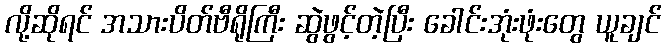
လို့ဆိုရင် အသားပိတ်ဗီရိုကြီး ဆွဲဖွင့်တဲ့ပြီး ခေါင်းအုံးဖုံးတွေ ယူချင်